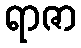
ရာဇာ